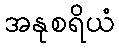
အနုစရိယံ